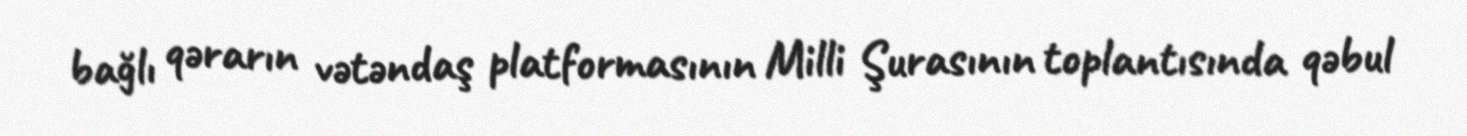
bağlı qərarın vətəndaş platformasının Milli Şurasının toplantısında qəbul